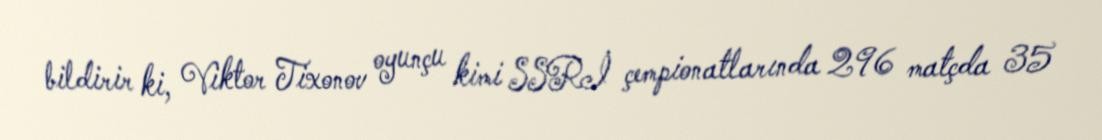
bildirir ki, Viktor Tixonov oyunçu kimi SSRİ çempionatlarında 296 matçda 35